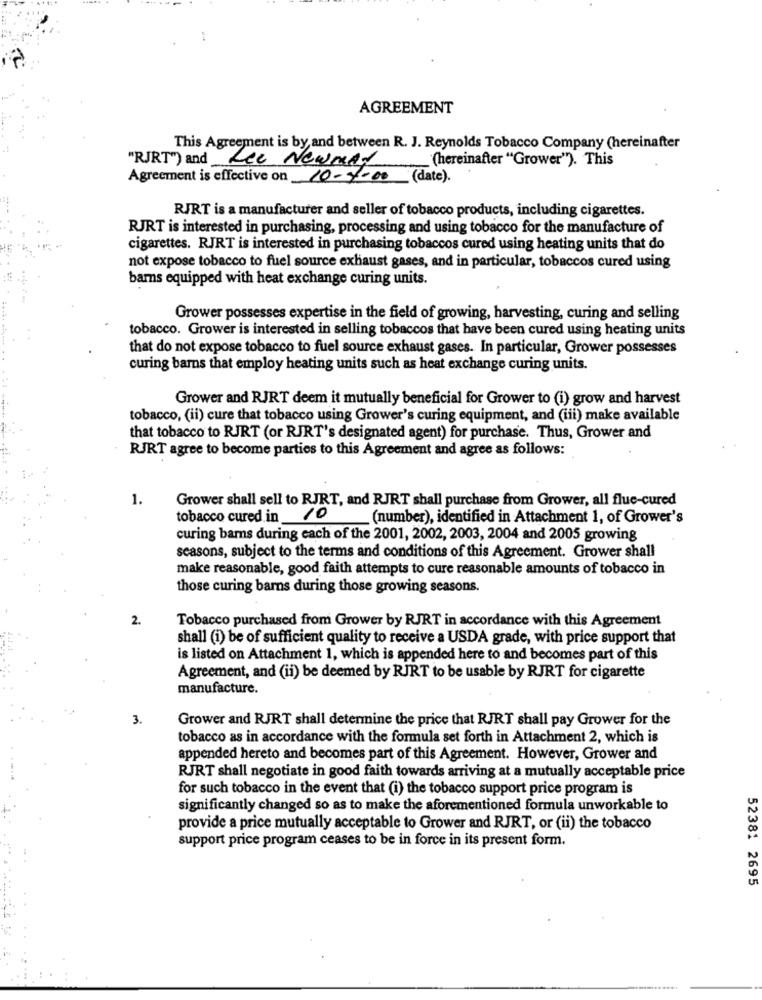
AGREEMENT
This Agreement is by and between R. J. Reynolds Tobacco Company (hereinafter
"RJRT") and Ree Newnad
(hereinafter "Grower"). This
Agreement is effective on 10-4000 (date).
RJRT is a manufacturer and seller of tobacco products, including cigarettes.
RJRT is interested in purchasing, processing and using tobacco for the manufacture of
cigarettes. RJRT is interested in purchasing tobaccos cured using heating units that do
not expose tobacco to fuel source exhaust gases, and in particular, tobaccos cured using
barns equipped with heat exchange curing units.
Grower possesses expertise in the field of growing, harvesting, curing and selling
tobacco. Grower is interested in selling tobaccos that have been cured using heating units
that do not expose tobacco to fuel source exhaust gases. In particular, Grower possesses
curing barns that employ heating units such as heat exchange curing units.
Grower and RJRT deem it mutually beneficial for Grower to (i) grow and harvest
tobacco, (ii) cure that tobacco using Grower's curing equipment, and (iii) make available
that tobacco to RJRT (or RJRT's designated agent) for purchase. Thus, Grower and
RJRT agree to become parties to this Agreement and agree as follows:
1.
Grower shall sell to RJRT, and RJRT shall purchase from Grower, all flue-cured
tobacco cured in 10
(number), identified in Attachment 1, of Grower's
curing bars during each of the 2001, 2002, 2003, 2004 and 2005 growing
seasons, subject to the terms and conditions of this Agreement. Grower shall
make reasonable, good faith attempts to cure reasonable amounts of tobacco in
those curing barns during those growing seasons.
2.
Tobacco purchased from Grower by RJRT in accordance with this Agreement
shall (i) be of sufficient quality to receive a USDA grade, with price support that
is listed on Attachment 1, which is appended here to and becomes part of this
Agreement, and (ii) be deemed by RJRT to be usable by RJRT for cigarette
manufacture.
3.
Grower and RJRT shall determine the price that RJRT shall pay Grower for the
tobacco as in accordance with the formula set forth in Attachment 2, which is
appended hereto and becomes part of this Agreement. However, Grower and
RJRT shall negotiate in good faith towards arriving at a mutually acceptable price
for such tobacco in the event that (i) the tobacco support price program is
significantly changed so as to make the aforementioned formula unworkable to
provide a price mutually acceptable to Grower and RJRT, or (ii) the tobacco
support price program ceases to be in force in its present form.
52381 2695